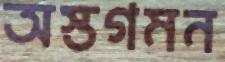
অস্তগমন